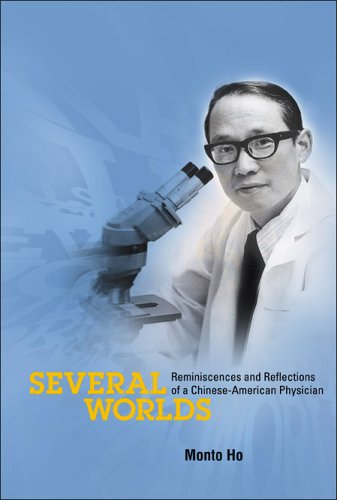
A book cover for Several Worlds: Reminiscences And Reflections of a Chinese-american Physician; Monto Ho; Biographies & Memoirs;